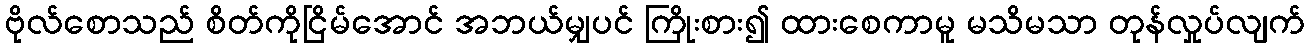
ဗိုလ်စောသည် စိတ်ကိုငြိမ်အောင် အဘယ်မျှပင် ကြိုးစား၍ ထားစေကာမူ မသိမသာ တုန်လှုပ်လျက်